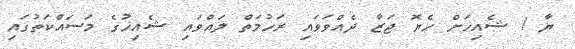
ޔާ ! ޝެއިޚަށް ހެޔޮ ޖަޒާ ދެއްވަވައި ރަހުމަތް ލައްވައި ޝެއިޚުގެ މަސައްކަތުގައި